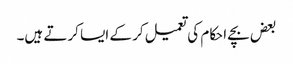
بعض بچے احکام کی تعمیل کر کے ایسا کرتے ہیں۔